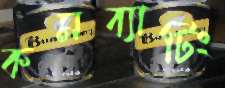
কমব্যাটিং